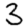
Digit: 3